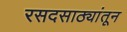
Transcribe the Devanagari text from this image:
रसदसाठ्यांतून